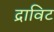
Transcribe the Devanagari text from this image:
द्राविट